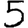
Digit: 5